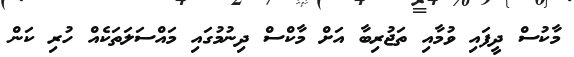
މާކުސް ދީފައި ވުމާއި ތަޖުރިބާ އަށް މާކްސް ދިނުމުގައި މައްސަލަތަކެއް ހުރި ކަން